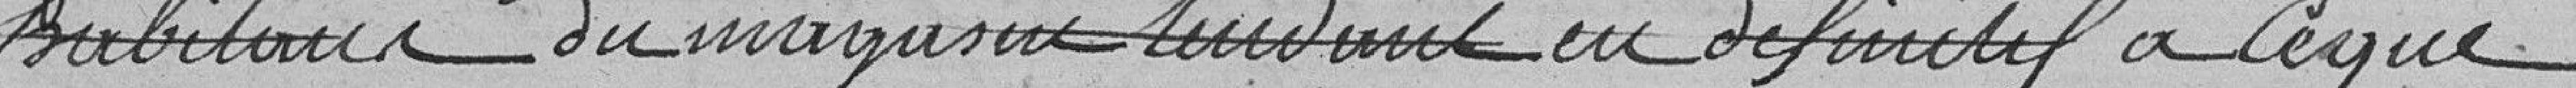
habitants du magasin tendant en définitif à ce que